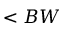
< B W